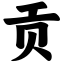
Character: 贡